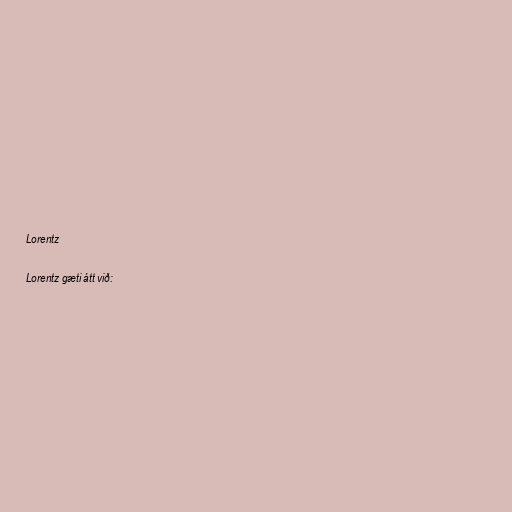
Lorentz

Lorentz gæti átt við: